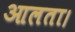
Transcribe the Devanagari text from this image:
आलता।